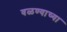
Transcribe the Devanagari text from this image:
वळण्याच्या